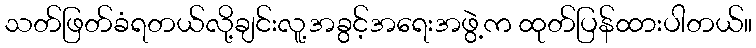
သတ်ဖြတ်ခံရတယ်လို့ချင်းလူ့အခွင့်အရေးအဖွဲ့က ထုတ်ပြန်ထားပါတယ်။